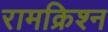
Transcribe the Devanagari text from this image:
रामक्रिश्न